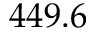
4 4 9 . 6